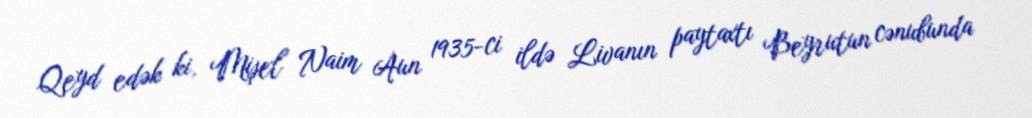
Qeyd edək ki, Mişel Naim Aun 1935-ci ildə Livanın paytaxtı Beyrutun cənubunda